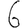
Digit: 6